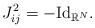
\begin{align*}J_{ij}^2 = -{\rm Id}_{\mathbb{R}^N}.\end{align*}